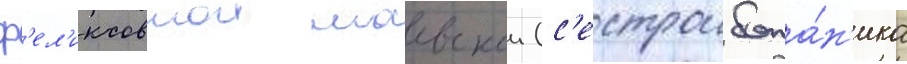
ф'ел'иксовнои маевскои (с'естрои бота́н'ика